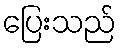
ပြေးသည်